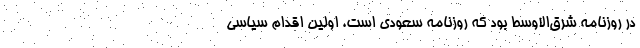
در روزنامه شرق‌الاوسط بود كه روزنامه سعودي است. اولين اقدام سياسي